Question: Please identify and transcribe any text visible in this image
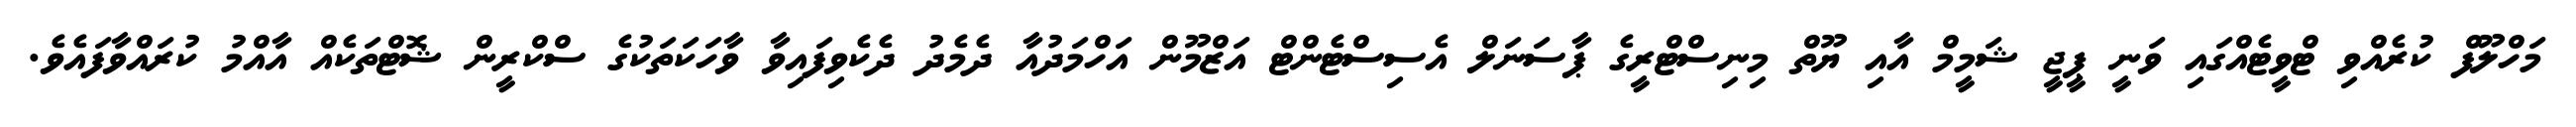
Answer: މަހްލޫފް ކުރެއްވި ޓްވީޓެއްގައި ވަނީ ޕީޖީ ޝަމީމް އާއި ޔޫތް މިނިސްޓްރީގެ ޕާސަނަލް އެސިސްޓެންޓް އަޒްމޫން އަހްމަދުއާ ދެމެދު ދެކެވިފައިވާ ވާހަކަތަކުގެ ސްކްރީން ޝޮޓްތަކެއް އާއްމު ކުރައްވާފައެވެ.